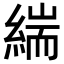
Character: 𮈪